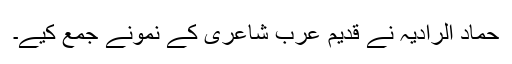
حماد الرادیہ نے قدیم عرب شاعری کے نمونے جمع کیے۔